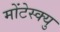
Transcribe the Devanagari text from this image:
मोंटेस्क्यु